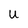
Character: u